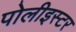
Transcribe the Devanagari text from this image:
पोलीइस्टर